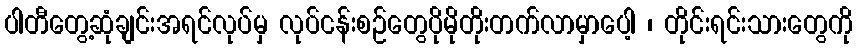
ပါတီတွေ့ဆုံချင်းအရင်လုပ်မှ လုပ်ငန်းစဉ်တွေပိုမိုတိုးတက်လာမှာပေါ့ ၊ တိုင်းရင်းသားတွေကို